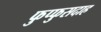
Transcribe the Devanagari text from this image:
फुप्फुसदाह